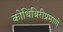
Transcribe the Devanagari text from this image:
कोथिंबिरीप्रमाणे